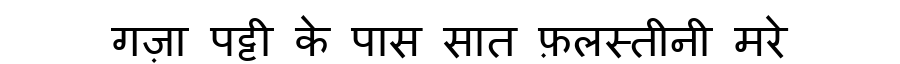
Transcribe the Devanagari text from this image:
गज़ा पट्टी के पास सात फ़लस्तीनी मरे